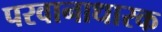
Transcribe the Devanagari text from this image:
परवानाधारक